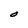
Character: O